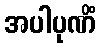
အပါပုဏိံ